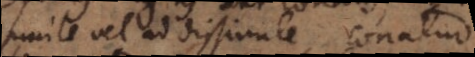
simile vel ad dissimile conatur.